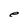
Character: e